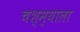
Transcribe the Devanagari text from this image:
चश्म्याला